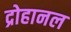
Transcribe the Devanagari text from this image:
द्रोहानल